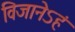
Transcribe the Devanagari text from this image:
विजानेऽहं